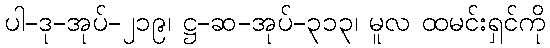
ပါ-ဒု-အုပ်-၂၁၉၊ ဋ္ဌ-ဆ-အုပ်-၃၁၃၊ မူလ ထမင်းရှင်ကို